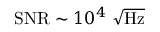
\mathrm { S N R } \sim 1 0 ^ { 4 } ~ \sqrt \mathrm { H z }